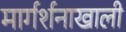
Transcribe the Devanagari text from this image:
मार्गर्शनाखाली